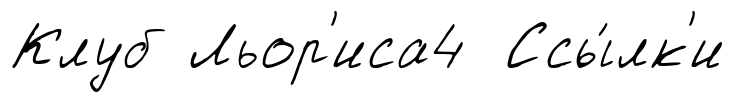
Клуб Льор'иса4 Ссы́лк'и